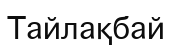
Тайлақбай